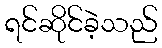
ရင်ဆိုင်ခဲ့သည်